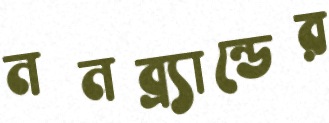
ননব্র্যান্ডের